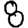
Digit: 8